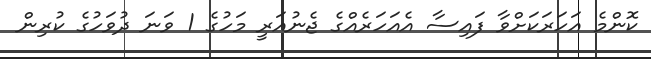
ކޮންމެ އަހަރަކަށްވާ ފައިސާ އެއަހަރެއްގެ ޖެނުއަރީ މަހުގެ 1 ވަނަ ދުވަހުގެ ކުރިން